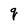
Character: q